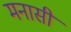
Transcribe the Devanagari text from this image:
मनासी